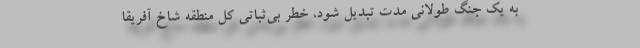
به یک جنگ طولانی مدت تبدیل شود، خطر بی‌‌ثباتی کل منطقه شاخ آفریقا